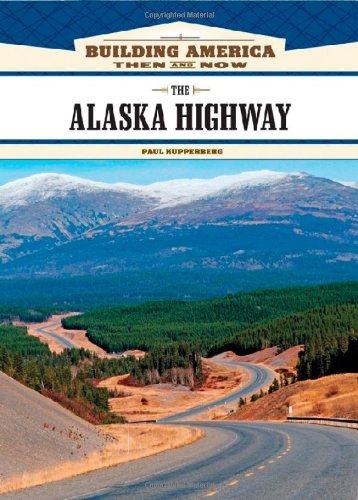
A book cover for The Alaska Highway (Building America: Then and Now); Paul Kupperberg; Engineering & Transportation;